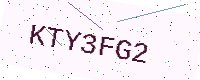
Text: KTY3FG2